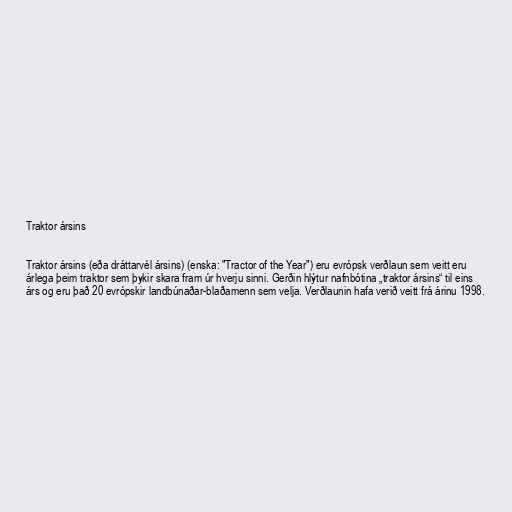
Traktor ársins

Traktor ársins (eða dráttarvél ársins) (enska: "Tractor of the Year") eru evrópsk verðlaun sem veitt eru
árlega þeim traktor sem þykir skara fram úr hverju sinni. Gerðin hlýtur nafnbótina „traktor ársins“ til eins
árs og eru það 20 evrópskir landbúnaðar-blaðamenn sem velja. Verðlaunin hafa verið veitt frá árinu 1998.